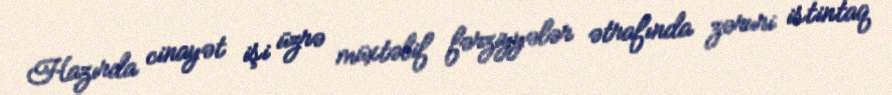
Hazırda cinayət işi üzrə müxtəlif fərziyyələr ətrafında zəruri istintaq